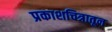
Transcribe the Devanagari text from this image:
प्रकाशचित्रातून